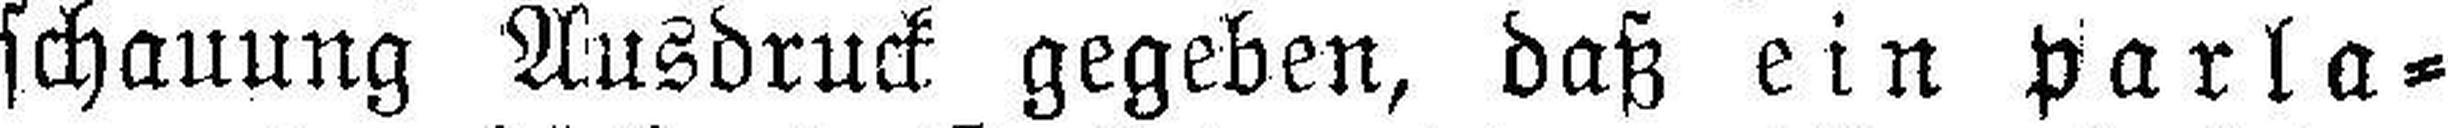
schauung Ausdruck gegeben, daß ein parla¬